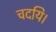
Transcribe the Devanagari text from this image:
चदयि।